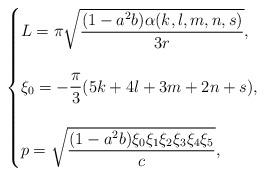
LaTeX: \begin{align*}\begin{cases}L=\pi \sqrt{\dfrac{(1-a^2b)\alpha(k,l,m,n,s)}{3r}},\\\\\xi_0 = -\dfrac{\pi}{3}(5k+4l+3m+2n+s),\\\\p= \sqrt{\dfrac{(1-a^2b)\xi_0\xi_1\xi_2\xi_3\xi_4\xi_5}{c}},\end{cases}\end{align*}